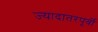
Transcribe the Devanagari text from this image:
ज्यादातरपूर्वी